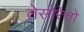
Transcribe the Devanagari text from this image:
तेसोरेत्तो